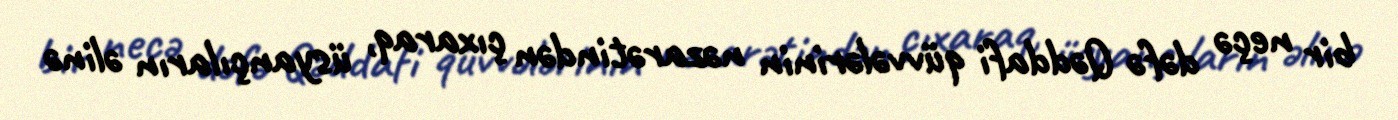
bir neçə dəfə Qəddafi qüvvələrinin nəzarətindən çıxaraq, üsyançıların əlinə